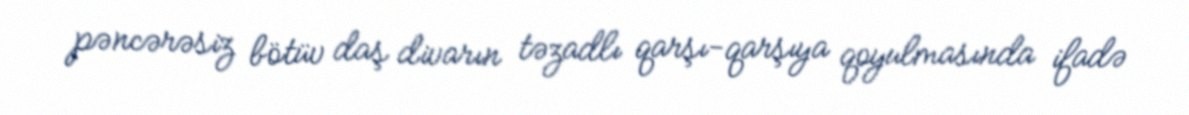
pəncərəsiz bötüv daş divarın təzadlı qarşı-qarşıya qoyulmasında ifadə